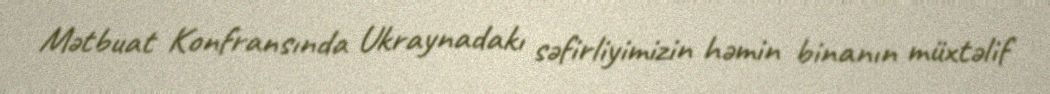
Mətbuat Konfransında Ukraynadakı səfirliyimizin həmin binanın müxtəlif